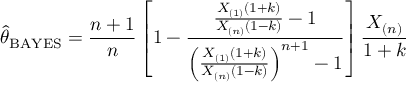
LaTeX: { \hat { \theta } } _ { \mathrm { B A Y E S } } = { \frac { n + 1 } { n } } \left[ 1 - { \frac { { \frac { X _ { ( 1 ) } ( 1 + k ) } { X _ { ( n ) } ( 1 - k ) } } - 1 } { \left( { \frac { X _ { ( 1 ) } ( 1 + k ) } { X _ { ( n ) } ( 1 - k ) } } \right) ^ { n + 1 } - 1 } } \right] { \frac { X _ { ( n ) } } { 1 + k } }